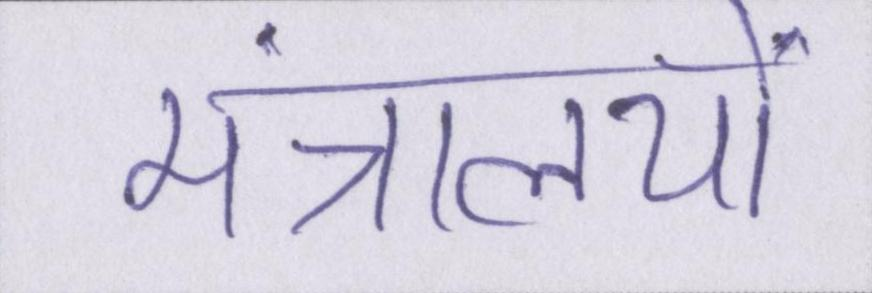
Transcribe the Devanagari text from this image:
मंत्रालयों